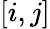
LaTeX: \left[i,j\right]